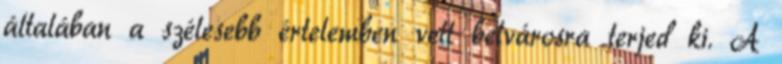
általában a szélesebb értelemben vett belvárosra terjed ki. A